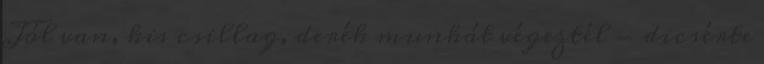
Jól van, kis csillag, derék munkát végeztél - dicsérte